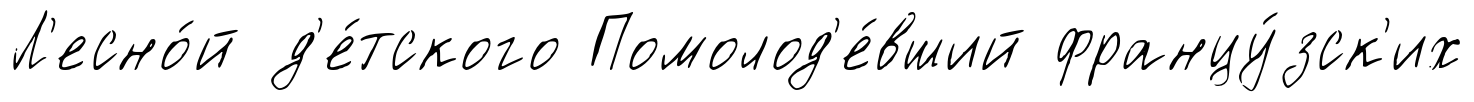
Л'есно́й д'е́тского Помолод'е́вший францу́зск'их